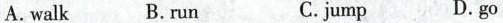
A.wak B.mn C.jmp D.go